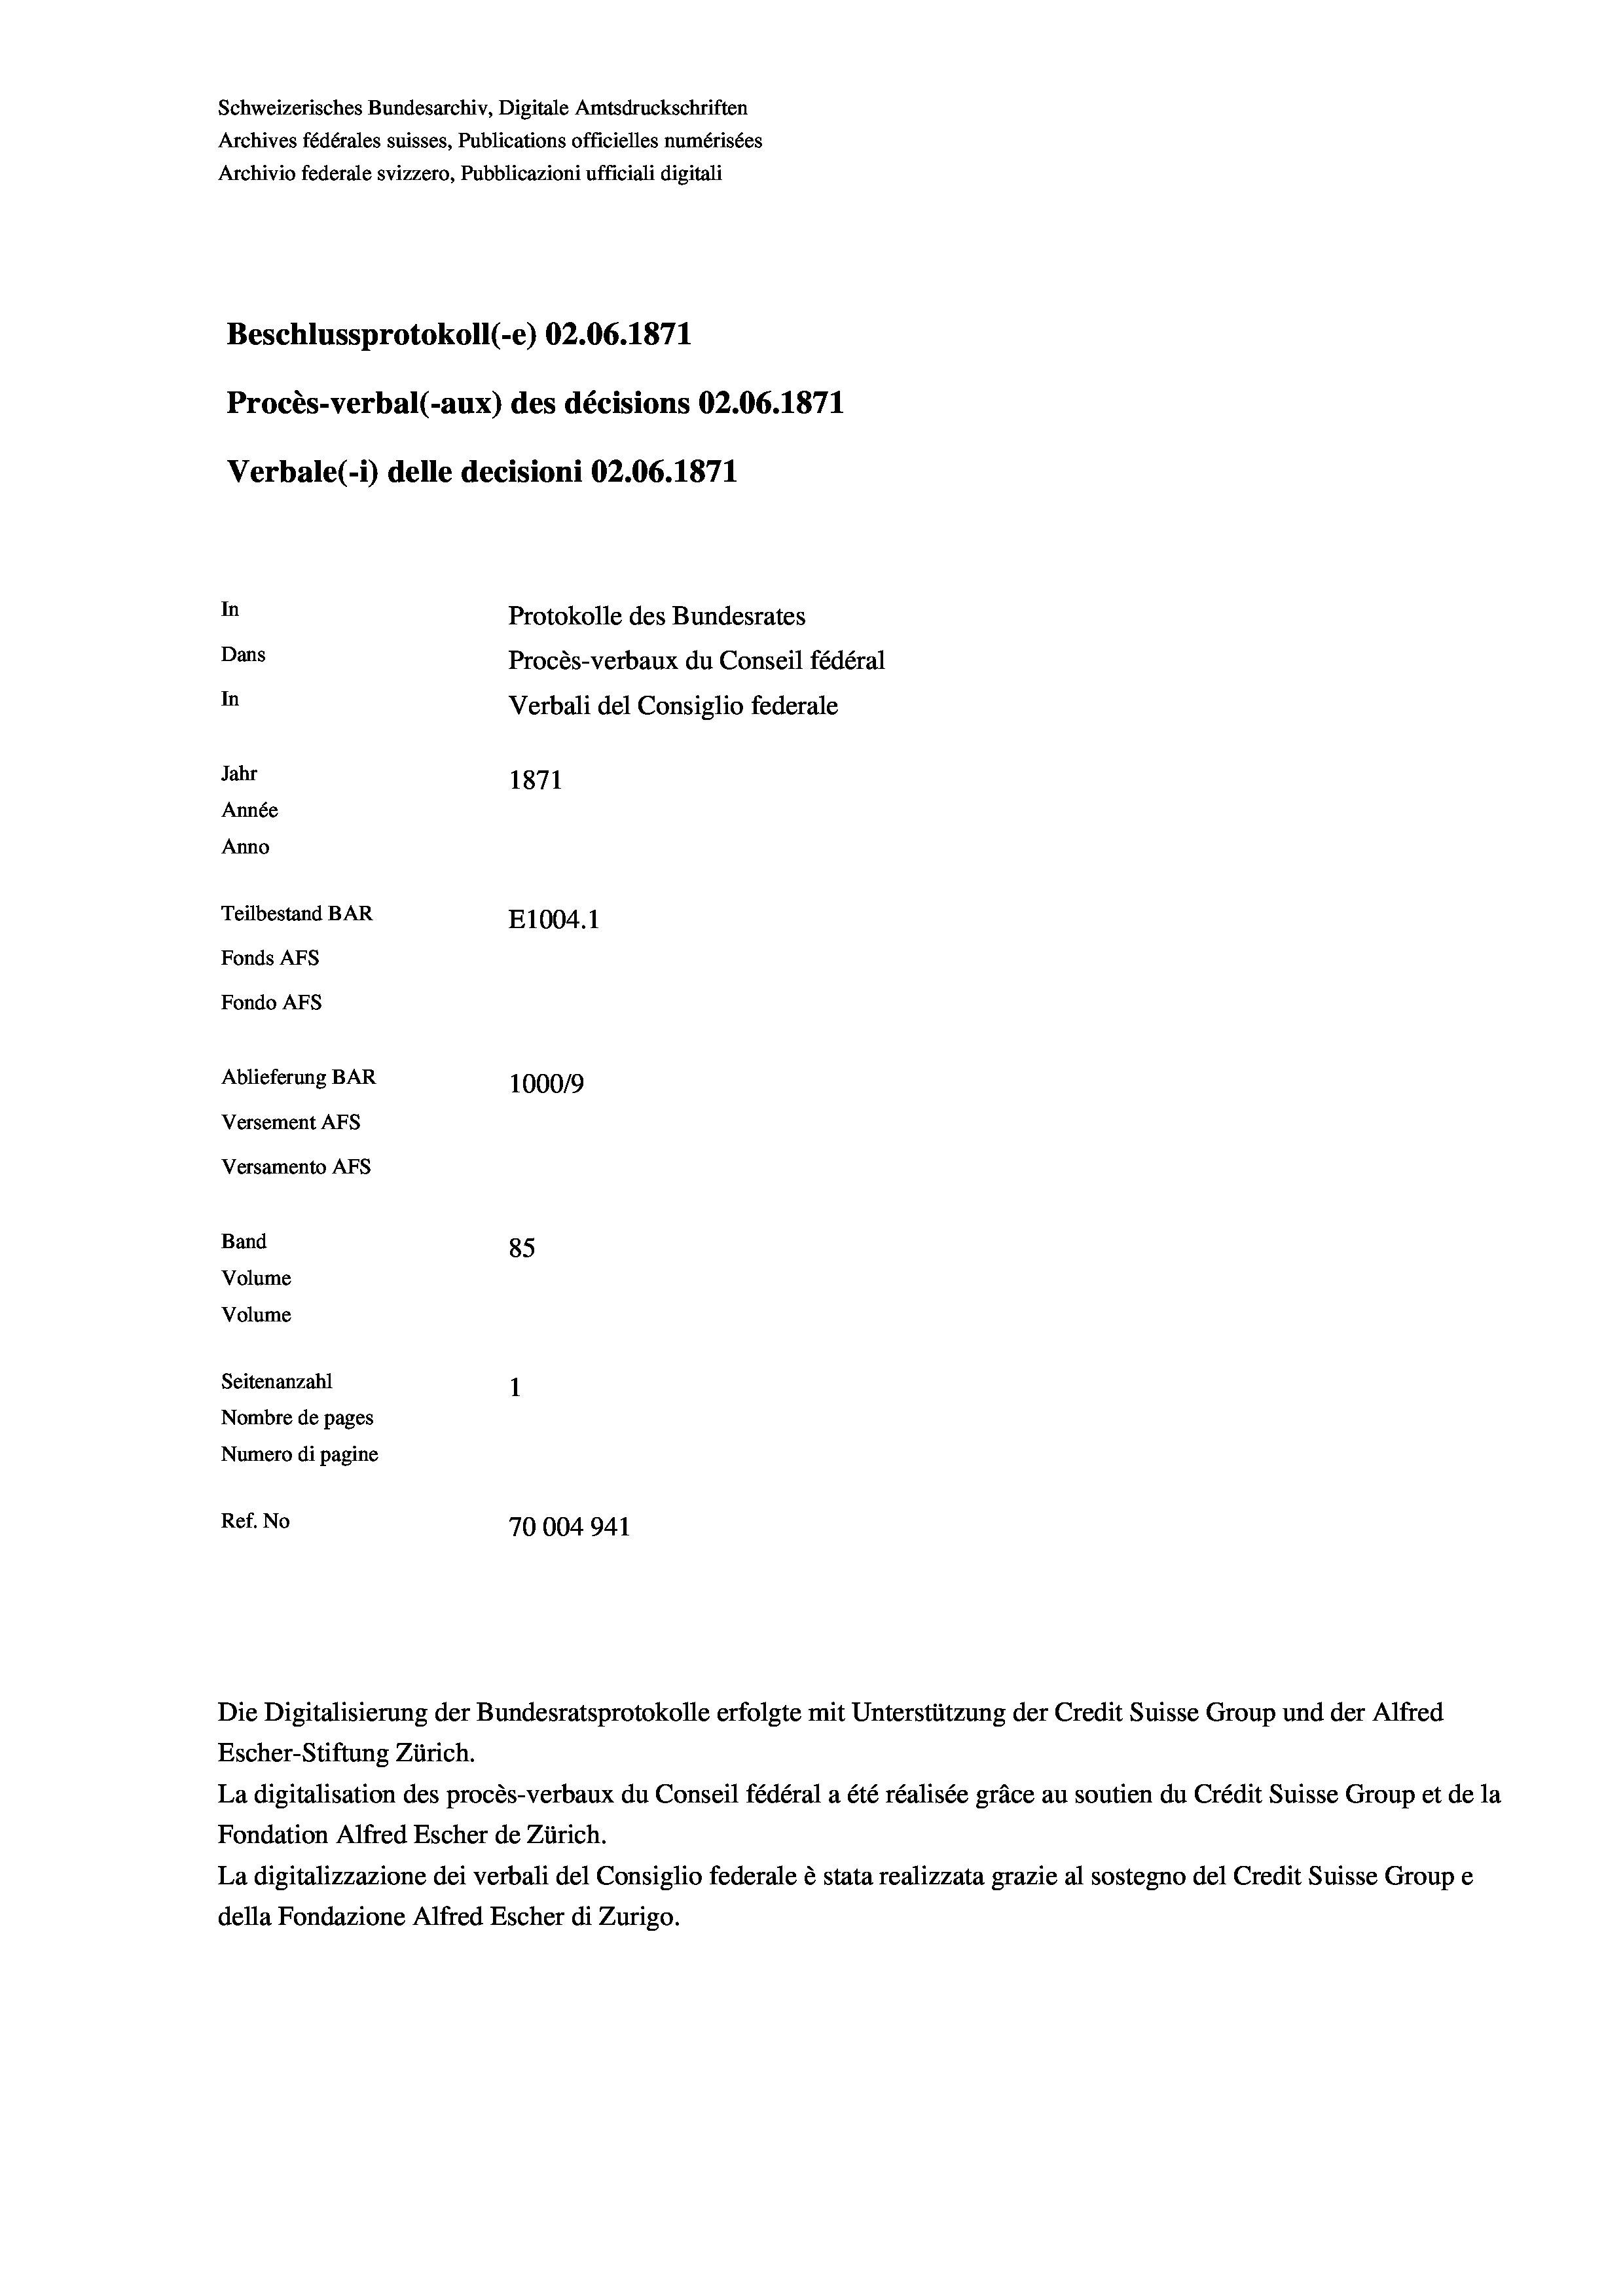
Schweizerisches Bundesarchiv, Digitale Amtsdruckschriften
Archives fédérales suisses, Publications officielles numérisées
Archivio federale svizzero, Pubblicazioni ufficiali digitali
Beschlussprotokoll (-e) 02.06. 1871
Procès-verbal (-aux) des décisions 02.06. 1871
Verbale (1) delle decisioni 02.06. 1871
In
Protokolle des Bundesrates
Dans
Procès-verbaux du Conseil fédéral
In
Verbali del Consiglio federale
Jahr
1871
Année
Anno
Teilbestand BAR
E1004. 1
Fonds AFs
Fondo AFs
Ablieferung BAR
100019
Versement AFS
Versamento Afs

85
Seitenanzahl
Nombre de pages
Numero di pagine
Ref. No
70004941

Band
Volume
Volume

La digitalisation des procès-verbaux du Conseil fédéral a été réalisée gräce au soutien du Crédit Suisse Group et de la
Fondation Alfred Escher de Zürich.
La digitalizzazione dei verbali del Consiglio federale è stata realizzata grazie al sostegno del Credit Suisse Groupe
della Fondazione Alfred Escher di Zurigo.

Die Digitalisierung der Bundesratsprotokolle erfolgte mit Unterstützung der Credit Suisse Group und der Alfred
Escher-Stiftung Zürich.